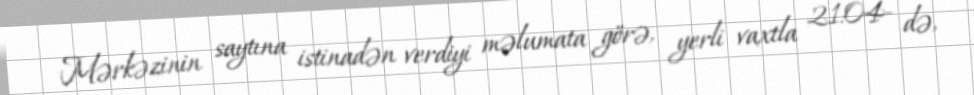
Mərkəzinin saytına istinadən verdiyi məlumata görə, yerli vaxtla 21:04- də,